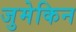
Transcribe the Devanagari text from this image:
जुमेकिन